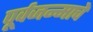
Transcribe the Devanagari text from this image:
पूर्वजन्माचें